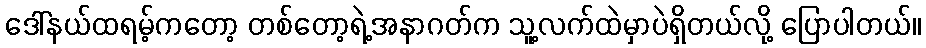
ဒေါ်နယ်ထရမ့်ကတော့ တစ်တော့ရဲ့အနာဂတ်က သူ့လက်ထဲမှာပဲရှိတယ်လို့ ပြောပါတယ်။